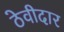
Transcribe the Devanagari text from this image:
ठेवीदार